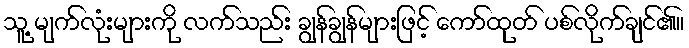
သူ့ မျက်လုံးများကို လက်သည်း ချွန်ချွန်များဖြင့် ကော်ထုတ် ပစ်လိုက်ချင်၏။